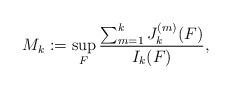
LaTeX: \begin{align*}M_k := \sup_F \frac{\sum_{m = 1}^k J_k^{(m)}(F)}{I_k(F)},\end{align*}